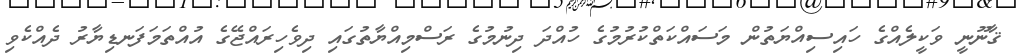
ޤާނޫނީ ވަކީލެއްގެ ހައިސިއްޔަތުން މަސައްކަތްކުރުމުގެ ހުއްދަ ދިނުމުގެ ރަސްމިއްޔާތުގައި ދިވެހިރައްޖޭގެ އުއްތަމަފަނޑިޔާރު ދެއްކެވި